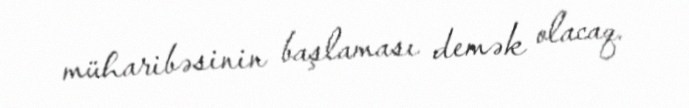
müharibəsinin başlaması demək olacaq.